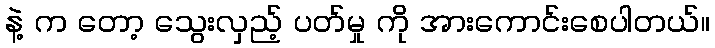
နဲ့ က တော့ သွေးလှည့် ပတ်မှု ကို အားကောင်းစေပါတယ်။